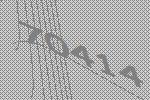
70414